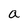
Character: a